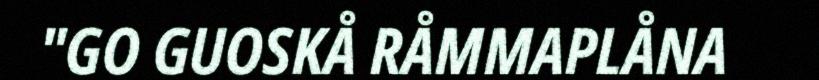
"GO GUOSKÅ RÅMMAPLÅNA